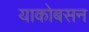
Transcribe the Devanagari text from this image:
याकोबसन